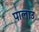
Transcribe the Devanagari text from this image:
पालाउ